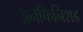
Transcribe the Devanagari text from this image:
अनफिनिशड